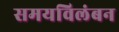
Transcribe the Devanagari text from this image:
समयविलंबन